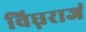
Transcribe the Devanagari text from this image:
विघ्नराजं